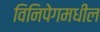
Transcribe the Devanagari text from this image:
विनिपेगमधील